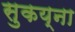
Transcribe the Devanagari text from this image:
सुकय्ना